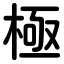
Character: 極